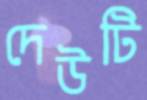
দেউটি